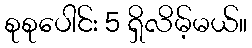
စုစုပေါင်း 5 ရှိလိမ့်မယ်။